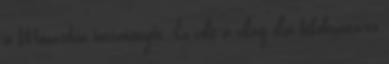
a Monarchia intézményeit. Ez volt a világ első békefenntartó